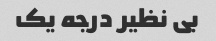
بی نظیر درجه یک